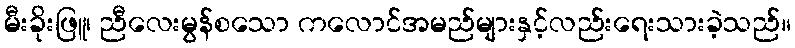
မီးခိုးဖြူ၊ ညီလေးမွန်စသော ကလောင်အမည်များနှင့်လည်းရေးသားခဲ့သည်။